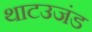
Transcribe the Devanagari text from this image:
थाटउजंड